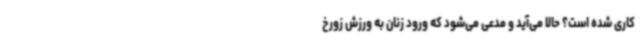
کاری شده است؟ حالا می‌آید و مدعی می‌شود که ورود زنان به ورزش زورخ